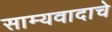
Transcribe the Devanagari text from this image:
साम्यवादाचे